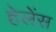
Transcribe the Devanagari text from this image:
हेलेंस